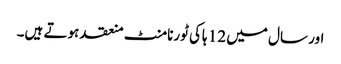
اور سال میں 12 ہاکی ٹورنامنٹ منعقد ہوتے ہیں۔